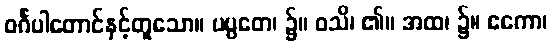
ဝင်္ဂပါတောင်နှင့်တူသော။ ပပ္ပတေ၊ ၌။ ဝသိ၊ ၏။ အထ၊ ၌။ ဧကော၊